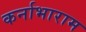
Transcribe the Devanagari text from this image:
कर्नाभाराम